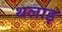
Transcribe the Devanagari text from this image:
थलाइ